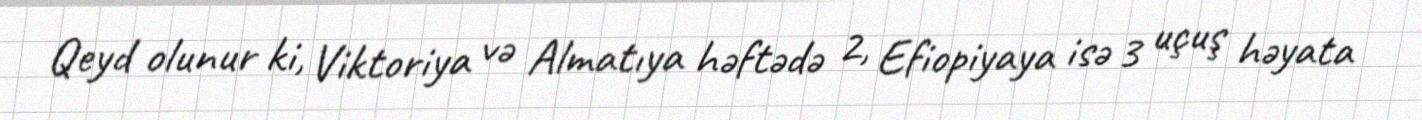
Qeyd olunur ki, Viktoriya və Almatıya həftədə 2, Efiopiyaya isə 3 uçuş həyata